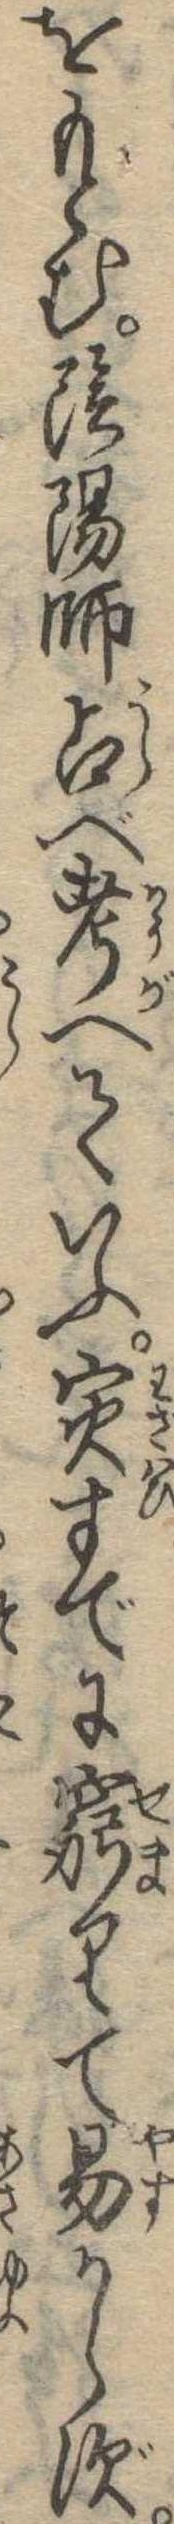
をもとむ陰陽師占べ考へていふ寅すでに窮りて易からず